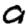
Digit: 9